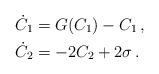
LaTeX: \begin{align*}& \dot C_1 = G(C_1) - C_1\,, \\ & \dot C_2 = -2 C_2+2 \sigma\,.\end{align*}